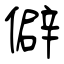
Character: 僻